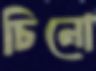
চিনো